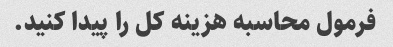
فرمول محاسبه هزینه کل را پیدا کنید.